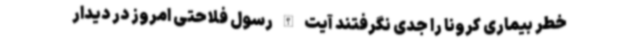
خطر بیماری کرونا را جدی نگرفتند آیت الله رسول فلاحتی امروز در دیدار